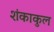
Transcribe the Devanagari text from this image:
शंकाकुल